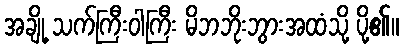
အချို့ သက်ကြီးဝါကြီး မိဘဘိုးဘွားအထံသို့ ပို့၏။